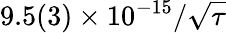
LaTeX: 9.5(3)\times 10^{-15}/\sqrt{\tau}